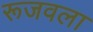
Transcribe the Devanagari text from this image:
रूजवला